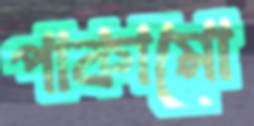
পাকামো